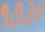
૧૭૩૦